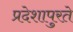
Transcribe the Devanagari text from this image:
प्रदेशापुरते